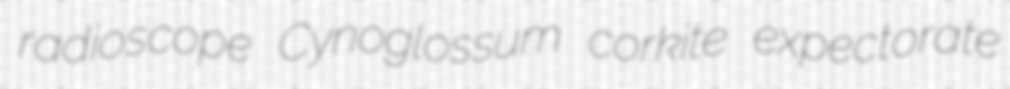
radioscope Cynoglossum corkite expectorate